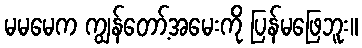
မမမေက ကျွန်တော့်အမေးကို ပြန်မဖြေဘူး။